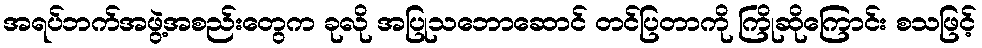
အရပ်ဘက်အဖွဲ့အစည်းတွေက ခုလို အပြုသဘောဆောင် တင်ပြတာကို ကြိုဆိုကြောင်း စသဖြင့်